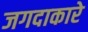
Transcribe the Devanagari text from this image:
जगदाकारे